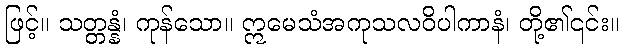
ဖြင့်။ သတ္တန္နံ၊ ကုန်သော။ ဣမေသံအကုသလဝိပါကာနံ၊ တို့၏၎င်း။